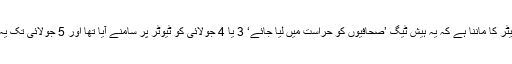
ڈیجٹل رائٹس مانیٹر کا ماننا ہے کہ یہ ہیش ٹیگ ’صحافیوں کو حراست میں لیا جائے‘ 3 یا 4 جولائی کو ٹیوٹر پر سامنے آیا تھا اور 5 جولائی تک یہ کافی حاوی رہا۔